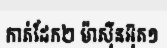
កាត់ដែក២ ម៉ាស៊ីនអ៊ុត១